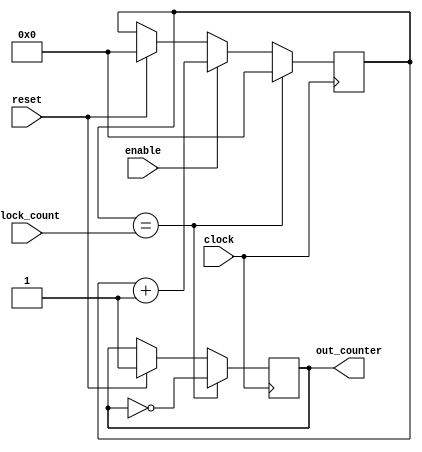
// Target Devices: 
// Tool versions: 
// Description: 
//
// Dependencies: 
//
// Revision: 
// Revision 0.01 - File Created
// Additional Comments: 
//
//////////////////////////////////////////////////////////////////////////////////
module clock_divider_led(
    clock,
    enable,
	 clock_count,
	 reset,
    out_counter
    );
	 
input clock;
input enable;
input [25:0] clock_count;
input reset;
output out_counter;

reg out_counter;
reg [25:0] local_timer;



always @(posedge clock)
begin
		if(reset)
			begin
					local_timer <= 26'b0;
					out_counter <= 1'b1;
			end

		if(enable)
			local_timer <= local_timer+1;


	if(local_timer == clock_count)
		begin
		out_counter <= ~out_counter;
		local_timer <= 26'b0;
		end

end
endmodule